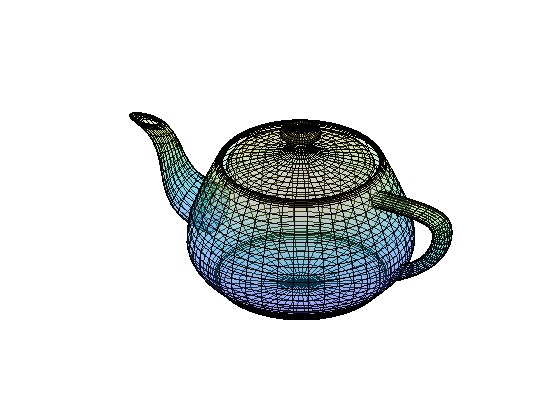
matlab, patch, axis